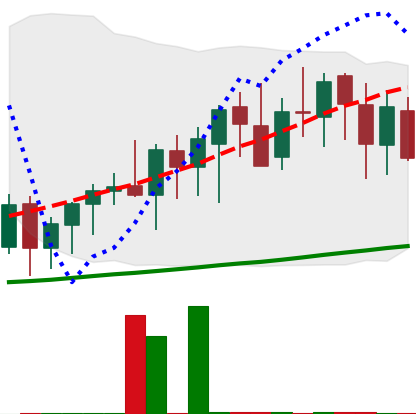
Ticker: XMR-USD
Chart end date: 2020-09-23
Forward return: 8.756%
Label: up_7plus